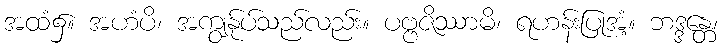
အထံ၌။ အဟံပိ၊ အကျွန်ုပ်သည်လည်း။ ပဗ္ဗဇိဿာမိ၊ ရဟန်းပြုအံ့။ ဘဒ္ဒန္တေ၊